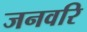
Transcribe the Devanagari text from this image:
जनवरि